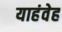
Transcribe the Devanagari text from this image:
याहंवेह